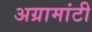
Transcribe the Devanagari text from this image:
अग्रामांटी